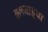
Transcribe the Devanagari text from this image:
बलबाहुचा